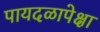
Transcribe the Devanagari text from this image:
पायदळापेक्षा